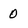
Character: 0